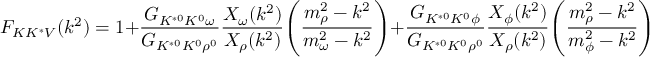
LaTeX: F _ { K K ^ { * } V } ( k ^ { 2 } ) = 1 + { \frac { G _ { K ^ { * 0 } K ^ { 0 } \omega } } { G _ { K ^ { * 0 } K ^ { 0 } \rho ^ { 0 } } } } { \frac { X _ { \omega } ( k ^ { 2 } ) } { X _ { \rho } ( k ^ { 2 } ) } } \Biggl ( { \frac { m _ { \rho } ^ { 2 } - k ^ { 2 } } { m _ { \omega } ^ { 2 } - k ^ { 2 } } } \Biggr ) + { \frac { G _ { K ^ { * 0 } K ^ { 0 } \phi } } { G _ { K ^ { * 0 } K ^ { 0 } \rho ^ { 0 } } } } { \frac { X _ { \phi } ( k ^ { 2 } ) } { X _ { \rho } ( k ^ { 2 } ) } } \Biggl ( { \frac { m _ { \rho } ^ { 2 } - k ^ { 2 } } { m _ { \phi } ^ { 2 } - k ^ { 2 } } } \Biggr )